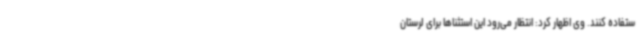
ستفاده کنند. وی اظهار کرد: انتظار می‌رود این استثناها برای لرستان